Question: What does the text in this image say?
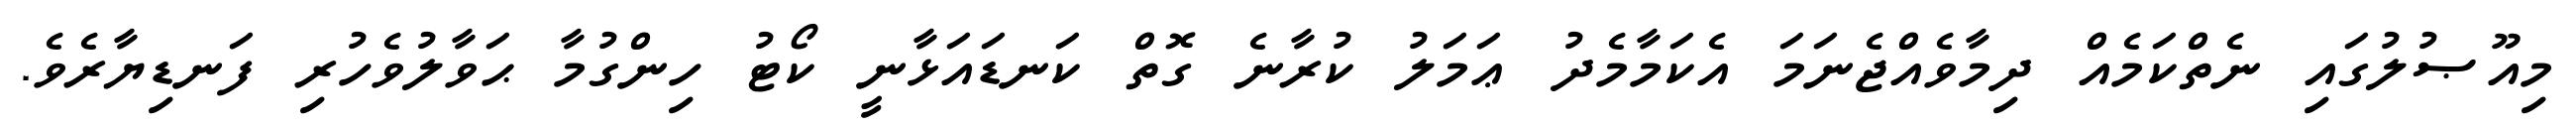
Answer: މިއޫޞުލުގައި ނެތްކަމެއް ދިމާވެއްޖެނަމަ އެކަމާމެދު ޢަމަލު ކުރާނެ ގޮތް ކަނޑައަޅާނީ ކޯޓު ހިންގުމާ ޙަވާލުވެހުރި ފަނޑިޔާރެވެ.